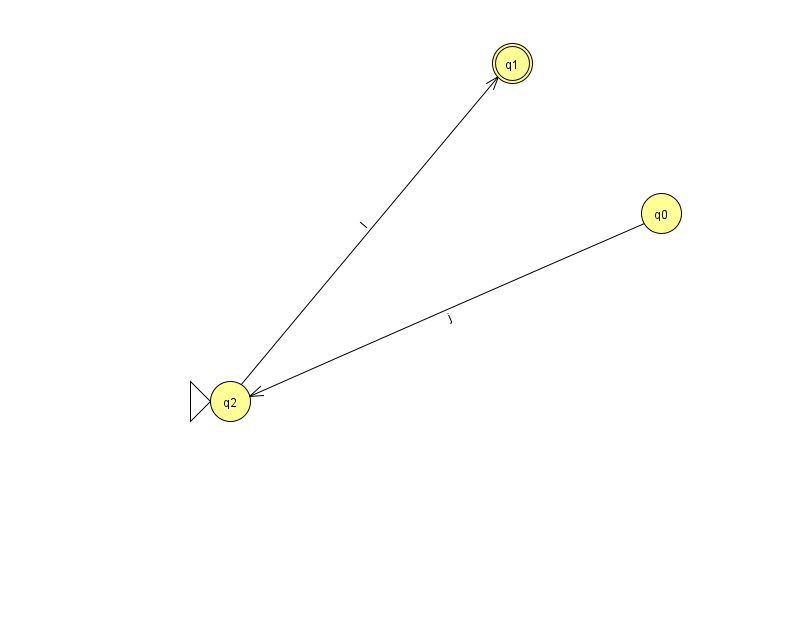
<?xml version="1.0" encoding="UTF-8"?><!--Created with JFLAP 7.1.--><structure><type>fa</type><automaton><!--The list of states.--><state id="0" name="q0"><x>661.0</x><y>200.0</y></state><state id="1" name="q1"><x>512.0</x><y>50.0</y><final/></state><state id="2" name="q2"><x>230.0</x><y>388.0</y><initial/></state><!--The list of transitions.--><transition><from>0</from><to>2</to><read>j</read></transition><transition><from>2</from><to>1</to><read>I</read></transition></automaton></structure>